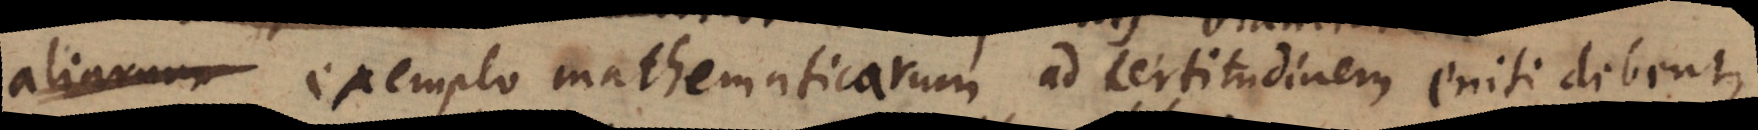
aliarum exemplo mathematicarum ad certitudinem eniti debent,